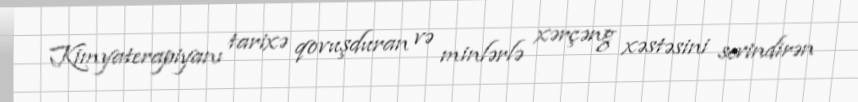
Kimyaterapiyanı tarixə qovuşduran və minlərlə xərçəng xəstəsini sevindirən